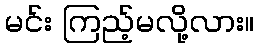
မင်း ကြည့်မလို့လား။